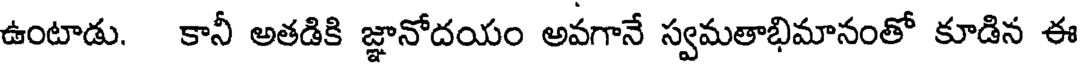
ఉంటాడు. కానీ అతడికి జ్ఞానోదయం అవగానే స్వమతాభిమానంతో కూడిన ఈ